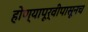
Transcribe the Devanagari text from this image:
होण्यापूर्वीपासूनच